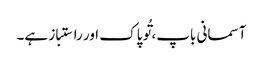
آسمانی باپ، تُو پاک اور راستباز ہے۔